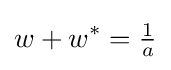
w+w^{*}={\tfrac {1}{a}}